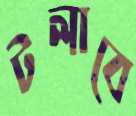
টলাবে